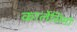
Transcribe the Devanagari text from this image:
कार्लेसिमो